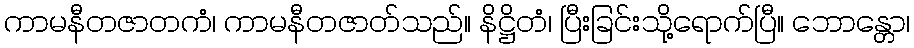
ကာမနီတဇာတကံ၊ ကာမနီတဇာတ်သည်။ နိဋ္ဌိတံ၊ ပြီးခြင်းသို့ရောက်ပြီ။ ဘောန္တော၊